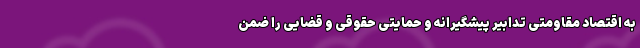
به اقتصاد مقاومتی تدابیر پیشگیرانه و حمایتی حقوقی و قضایی را ضمن